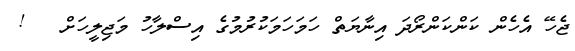
ޖެހޭ އެހެން ކަންކަންރޯދަ އިނާޔަތް ހަމަހަމަކުރުމުގެ އިސްލާހު މަޖިލީހަށް   !